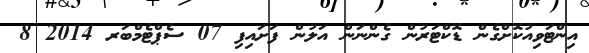
އިންޓަވިއުކޮށްގެން ޑޮކްޓަރުން ގެންނަން އަލުން ފަށައިފި 07 ސެޕްޓެމްބަރ 2014 8